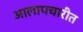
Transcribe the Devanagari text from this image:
आलापचारीत